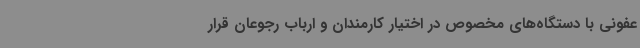
عفونی با دستگاه‌های مخصوص در اختیار کارمندان و ارباب رجوعان قرار